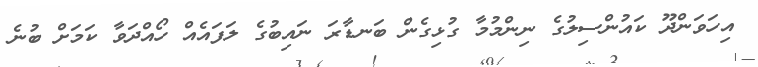
އިހަވަންދޫ ކައުންސިލުގެ ނިންމުމާ ގުޅިގެން ބަނޑާރަ ނައިބުގެ ލަފައެއް ހޯއްދަވާ ކަމަށް ބުނެ